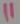
Text: 11